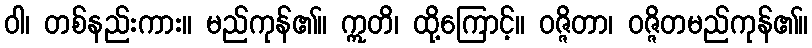
ဝါ၊ တစ်နည်းကား။ မည်ကုန်၏။ ဣတိ၊ ထို့ကြောင့်။ ဝဇ္ဇိတာ၊ ဝဇ္ဇိတမည်ကုန်၏။